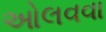
ઓલવવા